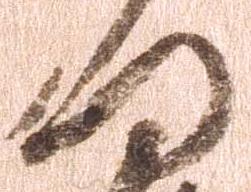
何